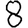
Digit: 8